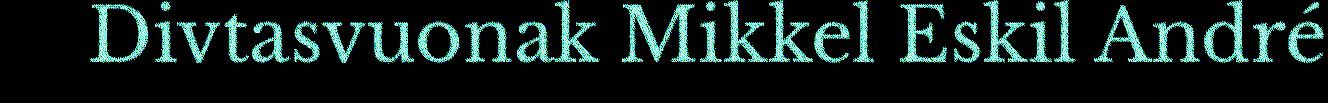
Divtasvuonak Mikkel Eskil André